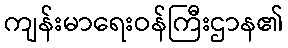
ကျန်းမာရေးဝန်ကြီးဌာန၏